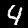
Label: 4